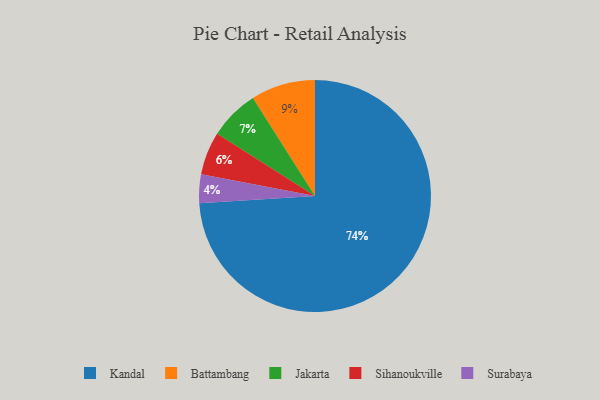
{"axis": {"x": "Category", "y": "Percentage"}, "legend": ["Battambang", "Jakarta", "Kandal", "Sihanoukville", "Surabaya"], "data": [{"x": "Kandal", "y": 74, "type": "Kandal"}, {"x": "Battambang", "y": 9, "type": "Battambang"}, {"x": "Surabaya", "y": 4, "type": "Surabaya"}, {"x": "Sihanoukville", "y": 6, "type": "Sihanoukville"}, {"x": "Jakarta", "y": 7, "type": "Jakarta"}]}